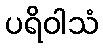
ပရိဝါသံ